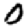
Digit: 0